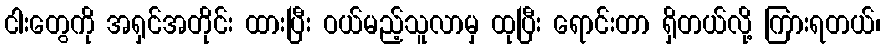
ငါးတွေကို အရှင်အတိုင်း ထားပြီး ဝယ်မည့်သူလာမှ ထုပြီး ရောင်းတာ ရှိတယ်လို့ ကြားရတယ်၊